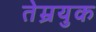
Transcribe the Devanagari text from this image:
तेम्रयुक